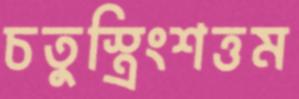
চতুস্ত্রিংশত্তম